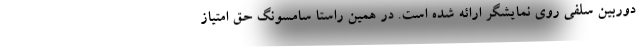
دوربین سلفی روی نمایشگر ارائه شده است. در همین راستا سامسونگ حق امتیاز